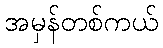
အမှန်တစ်ကယ်